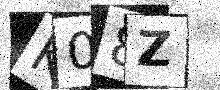
Text: K08Z